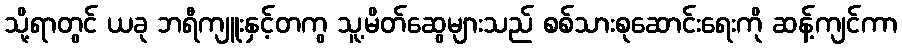
သို့ရာတွင် ယခု ဘရီကျူးနှင့်တကွ သူ့မိတ်ဆွေများသည် စစ်သားစုဆောင်းရေးကို ဆန့်ကျင်ကာ